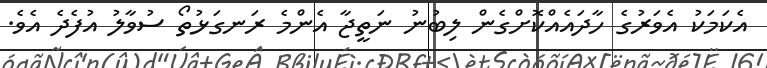
އެކަމަކު އެވަރުގެ ހާދައެއްކޮށްގެން ލިބުނު ނަތީޖާ އެންމެ ރަނގަޅުތޯ ސުވާލު އުފެދެ އެވެ.